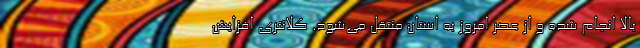
بالا انجام شده و از عصر امروز به استان منتقل می‌شود. کلانتری افزایش